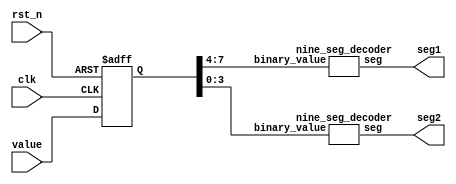
//
//by ChatGpt 2024/2/06
module seg_display (
    input clk,
    input rst_n,
    input [7:0] value,  // 8-bit input value (0-255) 
    output [8:0] seg1,  // 9-segment display for the first digit
    output [8:0] seg2   // 9-segment display for the second digit
);
    reg [7:0] value_reg;

    always @(posedge clk or negedge rst_n) begin
        if(~rst_n)begin
            value_reg <= 8'hFF;
        end
        else begin
            value_reg <= value;
        end
    end
    // 4-bit values for each hex digit
    wire [3:0] digit1 = value_reg[7:4]; // High nibble
    wire [3:0] digit2 = value_reg[3:0]; // Low nibble

    // Convert 4-bit values to 9-segment display
    nine_seg_decoder decoder1(.binary_value(digit1), .seg(seg1));
    nine_seg_decoder decoder2(.binary_value(digit2), .seg(seg2));

endmodule

// Module to convert 4-bit binary to 9-segment display
module nine_seg_decoder (
    input [3:0] binary_value,
    output reg [8:0] seg
);

    // Convert binary to 9-segment (assuming common anode display)
    always @(binary_value) begin
        case (binary_value)
            4'h0: seg = 9'b111111000; // 0
            4'h1: seg = 9'b011000000; // 1
            4'h2: seg = 9'b110110100; // 2
            4'h3: seg = 9'b111100100; // 3
            4'h4: seg = 9'b011001100; // 4
            4'h5: seg = 9'b101101100; // 5
            4'h6: seg = 9'b101111100; // 6
            4'h7: seg = 9'b111000000; // 7
            4'h8: seg = 9'b111111100; // 8
            4'h9: seg = 9'b111101100; // 9
            4'hA: seg = 9'b111011100; // A
            4'hB: seg = 9'b001111100; // b
            4'hC: seg = 9'b100111000; // C
            4'hD: seg = 9'b011110100; // d
            4'hE: seg = 9'b100111100; // E
            4'hF: seg = 9'b100011100; // F
            default: seg = 9'b000000001; // Blank display for undefined values
        endcase
    end
endmodule